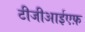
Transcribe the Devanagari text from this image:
टीजीआईएफ़